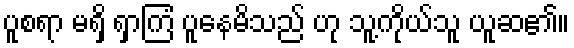
ပူစရာ မရှိ ရှာကြံ ပူနေမိသည် ဟု သူ့ကိုယ်သူ ယူဆ၏။